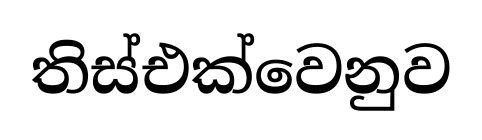
තිස්එක්වෙනුව